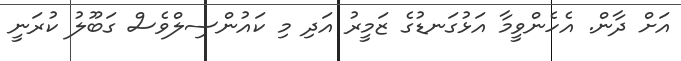
އަށް ދާން. އެހެންވީމާ އަޅުގަނޑުގެ ޒަމީރު އަދި މި ކައުންސިލްވެސް ގަބޫލު ކުރަނީ